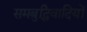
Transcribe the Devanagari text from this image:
समबुद्धिवादियों